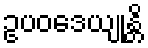
ဥပဝဒေယျုန္တိ